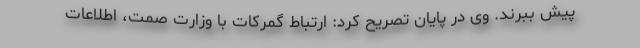
پیش ببرند. وی در پایان تصریح کرد: ارتباط گمرکات با وزارت صمت، اطلاعات